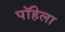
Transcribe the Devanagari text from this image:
पॉहेला